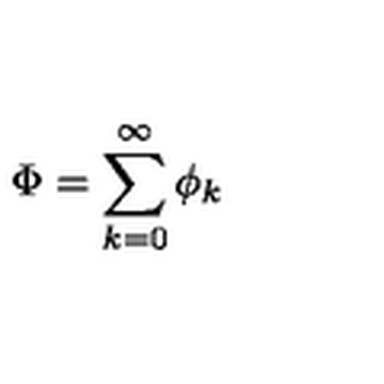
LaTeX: \Phi = \sum _ { k = 0 } ^ { \infty } \phi _ { k }